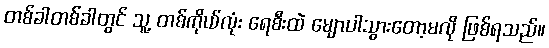
တစ်ခါတစ်ခါတွင် သူ့ တစ်ကိုယ်လုံး ရေစီးထဲ မျောပါသွားတော့မလို ဖြစ်ရသည်။